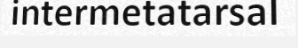
intermetatarsal